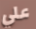
علي